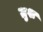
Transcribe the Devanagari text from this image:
ग्रुश